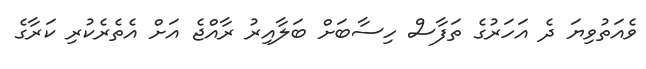
ވެއަތުވިޔަ ދެ އަހަރުގެ ތަފާސް ހިސާބަށް ބަލާއިރު ރާއްޖެ އަށް އެތެރެކުރި ކަރާގެ